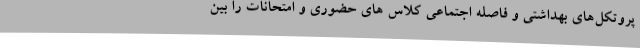
پروتکل‌های بهداشتی و فاصله اجتماعی کلاس های حضوری و امتحانات را بین